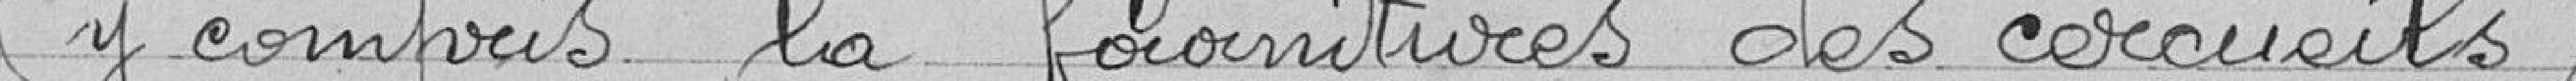
y compris la fourniture des cercueils.